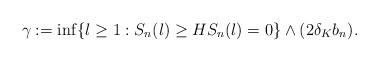
LaTeX: \begin{align*} \gamma := \inf \{ l\geq 1: S_n(l)\geq H S_n(l)= 0 \}\wedge (2\delta_K b_n).\end{align*}